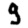
Digit: 9